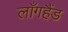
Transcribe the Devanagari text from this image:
लाँगहैंड